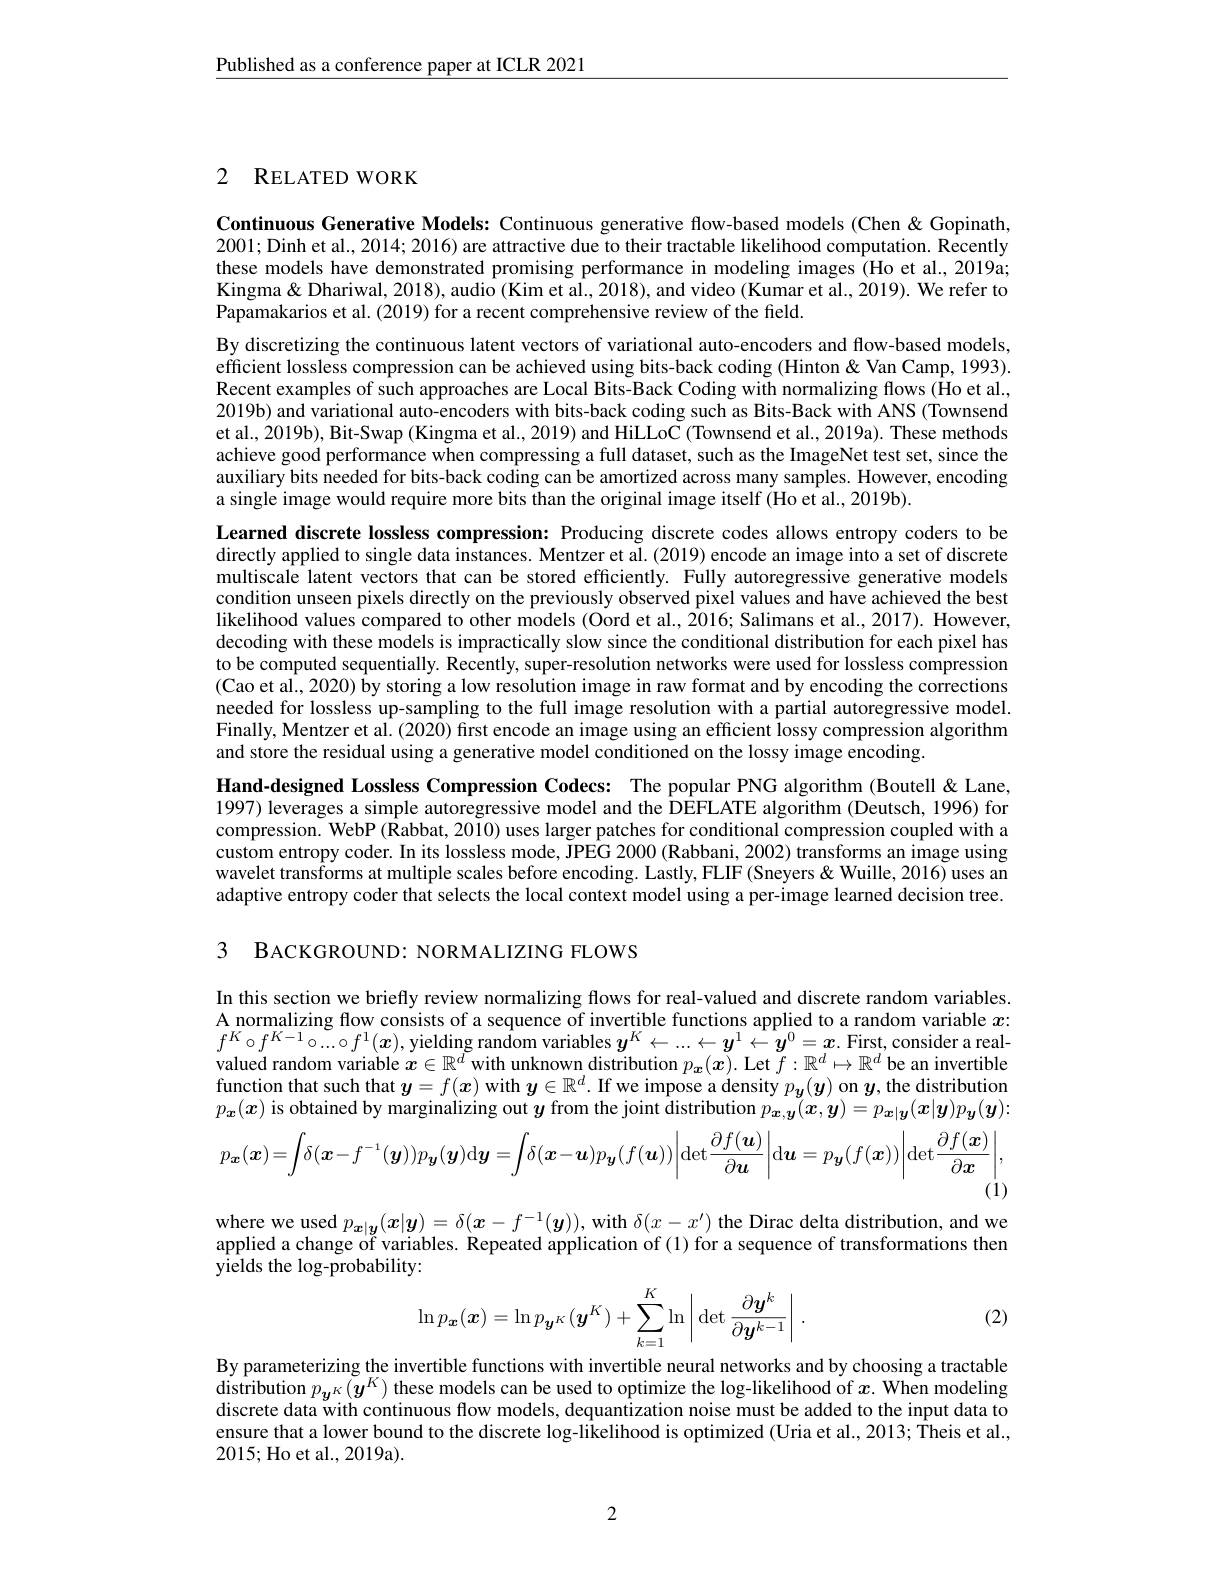
$\underline{\text{Published as a conference paper at ICLR 2021}}$

## 2 RELATED WORK

Continuous Generative Models: Continuous generative flow-based models (Chen &Gopinath, 2001; Dinh et al., 2014; 2016) are attractive due to their tractable likelihood computation. Recently these models have demonstrated promising performance in modeling images (Ho et al., 2019a; Kingma& Dhariwal, 2018), audio (Kim et al., 2018), and video (Kumar et al., 2019). We refer to Papamakarios et al. (2019) for a recent comprehensive review of the field.

By discretizing the continuous latent vectors of variational auto-encoders and flow-based models, efficient lossless compression can be achieved using bits-back coding (Hinton &Van Camp, 1993). Recent examples of such approaches are Local Bits-Back Coding with normalizing flows (Ho et al., 2019b) and variational auto-encoders with bits-back coding such as Bits-Back with ANS (Townsend et al., 2019b), Bit-Swap (Kingma et al., 2019) and HiLLoC (Townsend et al., 2019a). These methods achieve good performance when compressing a full dataset, such as the ImageNet test set, since the auxiliary bits needed for bits-back coding can be amortized across many samples. However, encoding a single image would require more bits than the original image itself (Ho et al., 2019b).
Learned discrete lossless compression: Producing discrete codes allows entropy coders to be directly applied to single data instances. Mentzer et al. (2019) encode an image into a set of discrete multiscale latent vectors that can be stored efficiently. Fully autoregressive generative models condition unseen pixels directly on the previously observed pixel values and have achieved the best likelihood values compared to other models (Oord et al., 2016; Salimans et al., 2017). However, decoding with these models is impractically slow since the conditional distribution for each pixel has to be computed sequentially. Recently, super-resolution networks were used for lossless compression $(\hat{\text{Cao et al., 2020) by storing a low resolution image in raw format and by encoding the corrections}}$ needed for lossless up-sampling to the full image resolution with a partial autoregressive model. Finally, Mentzer et al. (2020) first encode an image using an efficient lossy compression algorithm and store the residual using a generative model conditioned on the lossy image encoding.
Hand-designed Lossless Compression Codecs: The popular PNG algorithm (Boutell& Lane, 1997) leverages a simple autoregressive model and the DEFLATE algorithm (Deutsch, 1996) for compression. WebP (Rabbat, 2010) uses larger patches for conditional compression coupled with a

custom entropy coder. In its lossless mode, JPEG 2000 (Rabbani, 2002) transforms an image using wavelet transforms at multiple scales before encoding. Lastly, FLIF (Sneyers& Wuille, 2016) uses an adaptive entropy coder that selects the local context model using a per-image learned decision tree.

3 BACKGROUND: NORMALIZING FLOWS

In this section we briefly review normalizing flows for real-valued and discrete random variables. $\underset{a\in\mathbb{Z}}{\operatorname*{\text{ normalizing flow consists of a sequence of invertible functions applied to a random variable }}}x:$ $f^K\circ f^{K-1}\circ...\circ f^1(\boldsymbol{x})$,yielding random variables $y^K\leftarrow...\leftarrow y^1\leftarrow y^0=x.$ First, consider a realvalued random variable $x\in\mathbb{R}^d$ with unknown distribution $p_{\boldsymbol{x}}(\boldsymbol{x}).$ Let $f:\mathbb{R}^d\mapsto\mathbb{R}^d$ be an invertible function that such that $y= f( x)$ with $y\in \mathbb{R} ^d.$ If we impose a density $p_y( y)$ on $y$, the distribution $p_x( x)$ is obtained by marginalizing out $y$ from the joint distribution $p_{x, y}( x, y) = p_{x| \boldsymbol{y}}( x| \boldsymbol{y}) p_y( \boldsymbol{y}) :$
$$p_{\boldsymbol{x}}(\boldsymbol{x})=\int\:\delta(\boldsymbol{x}-f^{-1}(\boldsymbol{y}))p_{\boldsymbol{y}}(\boldsymbol{y})\mathrm{d}\boldsymbol{y}=\int\:\delta(\boldsymbol{x}-\boldsymbol{u})p_{\boldsymbol{y}}(f(\boldsymbol{u}))\bigg|\mathrm{det}\frac{\partial f(\boldsymbol{u})}{\partial\boldsymbol{u}}\bigg|\mathrm{d}\boldsymbol{u}=p_{\boldsymbol{y}}(f(\boldsymbol{x}))\bigg|\mathrm{det}\frac{\partial f(\boldsymbol{x})}{\partial\boldsymbol{x}}\bigg|,$$
(1)

where we used $p_{\boldsymbol{x}|\boldsymbol{y}}(\boldsymbol{x}|\boldsymbol{y})=\delta(\boldsymbol{x}-f^{-1}(\boldsymbol{y}))$, with $\delta(x-x^\prime)$ the Dirac delta distribution, and we applied a change of variables. Repeated application of (1) for a sequence of transformations then yields the log-probability:
$$\ln p_{\boldsymbol{x}}(\boldsymbol{x})=\ln p_{\boldsymbol{y}^{K}}(\boldsymbol{y}^{K})+\sum_{k=1}^{K}\ln\bigg|\det\frac{\partial\boldsymbol{y}^{k}}{\partial\boldsymbol{y}^{k-1}}\bigg|\:.$$
(2)

By parameterizing the invertible functions with invertible neural networks and by choosing a tractable distribution $p_{\boldsymbol{y}^K}(\boldsymbol{y}^K)$ these models can be used to optimize the log-likelihood of $x.$ When modeling discrete data with continuous flow models, dequantization noise must be added to the input data to ensure that a lower bound to the discrete log-likelihood is optimized (Uria et al., 2013; Theis et al., 2015;Ho et al., 2019a).

2